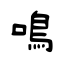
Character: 鳴